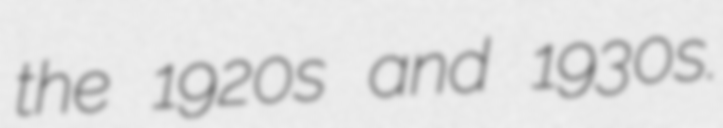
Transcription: the 1920s and 1930s.